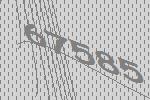
67585